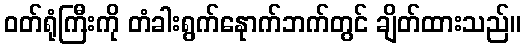
ဝတ်ရုံကြီးကို တံခါးရွက်နေုာက်ဘက်တွင် ချိတ်ထားသည်။